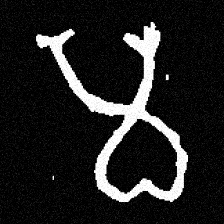
Pyu character \u2014 Myanmar letter: မ (romanized: ma)